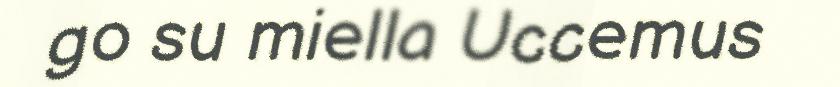
go su miella Uccemus